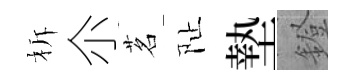
柝尒茗阯墊鐙